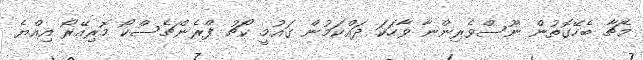
މެޗާ ބެހޭގޮތުން ނޫސްވެރިންނާ ވާހަކަ ދައްކަމުން ގައުމީ ކޯޗު ފްރެންޗެސްކޯ މޮރިއޭރޯ އިއްޔެ